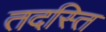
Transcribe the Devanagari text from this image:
तदस्ति